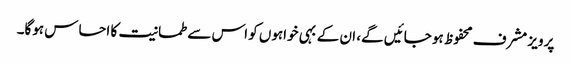
پرویز مشرف محفوظ ہو جائیں گے، ان کے بہی خواہوں کو اس سے طمانیت کا احساس ہوگا۔